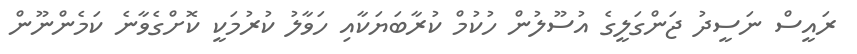
ރައީސް ނަސީދު ޖަންގަލީގެ އުސޫލުން ހުކުމް ކުރާބަޔަކާއި ހަވާލު ކުރުމަކީ ކޮށްގެވާނެ ކަމެންނޫން